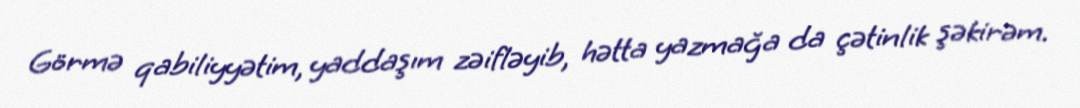
Görmə qabiliyyətim, yaddaşım zəifləyib, hətta yazmağa da çətinlik şəkirəm.